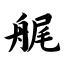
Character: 艉